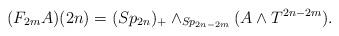
LaTeX: \begin{align*} (F_{2m}A)(2n)=(Sp_{2n})_{+}\wedge_{Sp_{2n-2m}}(A\wedge T^{2n-2m}). \end{align*}